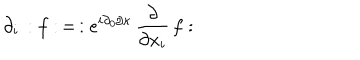
\partial _ { i } \, : f : \, = \, : e ^ { i \partial _ { 0 } / \kappa } \, \frac { \partial } { \partial x _ { i } } \, f :